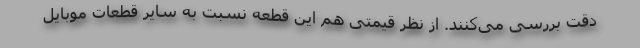
دقت بررسی می‌کنند. از نظر قیمتی هم این قطعه نسبت به سایر قطعات موبایل